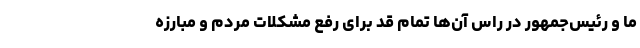
ما و رئیس‌جمهور در راس آن‌ها تمام قد برای رفع مشکلات مردم و مبارزه